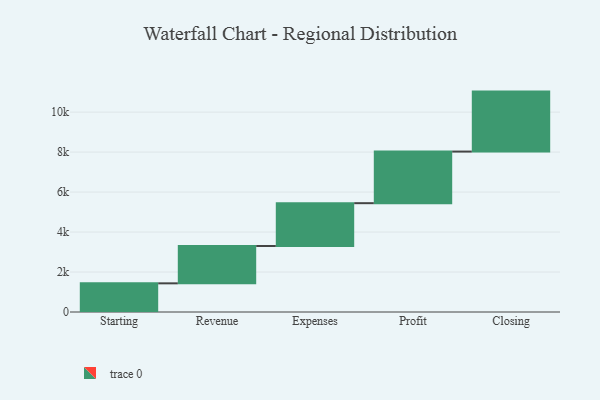
{"axis": {"x": "Step", "y": "Value"}, "legend": [""], "data": [{"x": "Starting", "y": 1434.0, "type": ""}, {"x": "Revenue", "y": 1869.0, "type": ""}, {"x": "Expenses", "y": 2141.0, "type": ""}, {"x": "Profit", "y": 2582.0, "type": ""}, {"x": "Closing", "y": 3000, "type": ""}]}